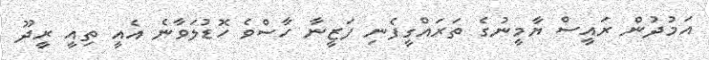
އަމުދުން ރައީސް ޔާމީނުގެ ތަރައްގީފެނި ފަޒީނާ ހާސްވެ ހޮޑުލަވާނެ އެއީ ތިއީ ރީދޫ